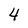
Character: 4